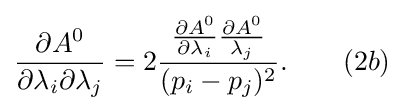
{\frac {\partial A^{0}}{\partial \lambda _{i}\partial \lambda _{j}}}=2{\frac {{\frac {\partial A^{0}}{\partial \lambda _{i}}}{\frac {\partial A^{0}}{\lambda _{j}}}}{(p_{i}-p_{j})^{2}}}.\qquad (2b)